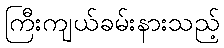
ကြီးကျယ်ခမ်းနားသည့်